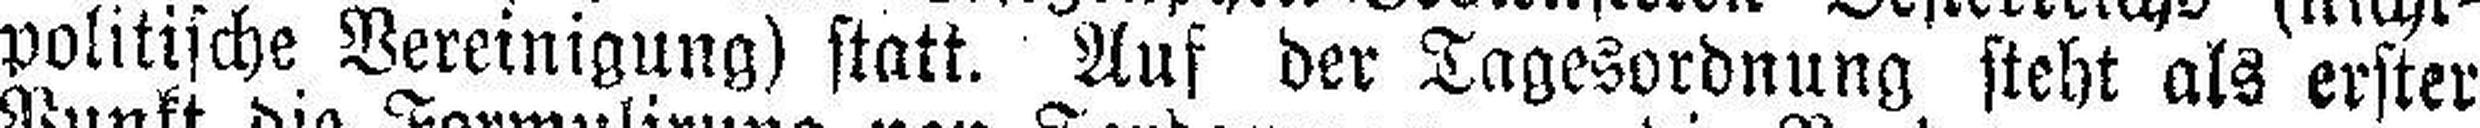
politische Vereinigung) statt. Auf der Tagesordnung steht als erster